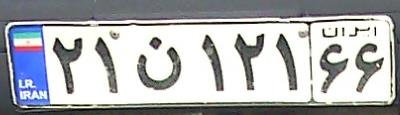
۲۱ن۱۲۱۶۶